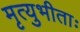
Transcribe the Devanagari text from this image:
मृत्युभीताः